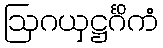
ဩဂယှဋ္ဌင်္ဂိကံ